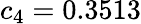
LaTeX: c_{4}=0.3513